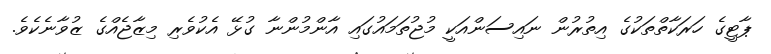
ޕާޓީގެ ހަރަކާތްތަކުގެ އިތުރުން ނައިސަންއަކީ މުޖުތަމައުގައި އާންމުންނާ ގުޅޭ އެކުވެރި މިޒާޖެއްގެ ޒުވާނެކެވެ.